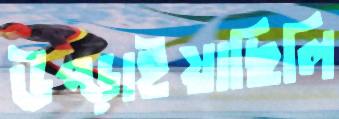
উপ্‌ড়াইয়াছিলি